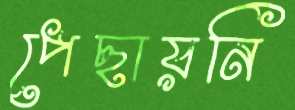
পেছায়নি